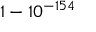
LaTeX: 1 - 1 0 ^ { - 1 5 4 }